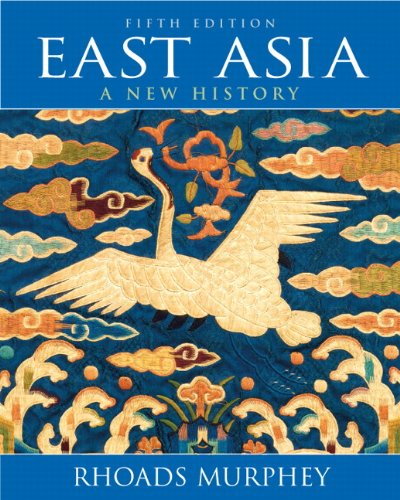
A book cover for East Asia: A New History (5th Edition); Rhoads Murphey; History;